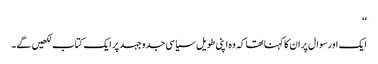
‘‘
ایک اور سوال پر ان کا کہنا تھا کہ وہ اپنی طویل سیاسی جدوجہد پر ایک کتاب لکھیں گے۔